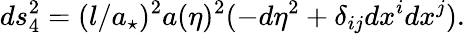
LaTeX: ds_{4}^{2}=(l/a_{\star})^{2}a(\eta)^{2}(-d\eta^{2}+\delta_{ij}dx^{i}dx^{j}).